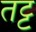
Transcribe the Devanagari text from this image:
तट्ट